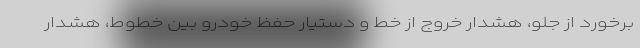
برخورد از جلو، هشدار خروج از خط و دستیار حفظ خودرو بین خطوط، هشدار